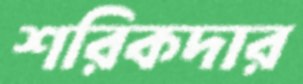
শরিকদার